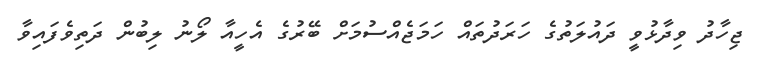
ޖިހާދު ވިދާޅުވީ ދައުލަތުގެ ހަރަދުތައް ހަމަޖެއްސުމަށް ބޭރުގެ އެހީއާ ލޯނު ލިބުން ދަތިވެފައިވާ